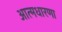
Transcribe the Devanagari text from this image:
आत्मधारणा